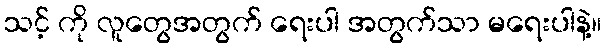
သင့် ကို လူတွေအတွက် ရေးပါ အတွက်သာ မရေးပါနဲ့။